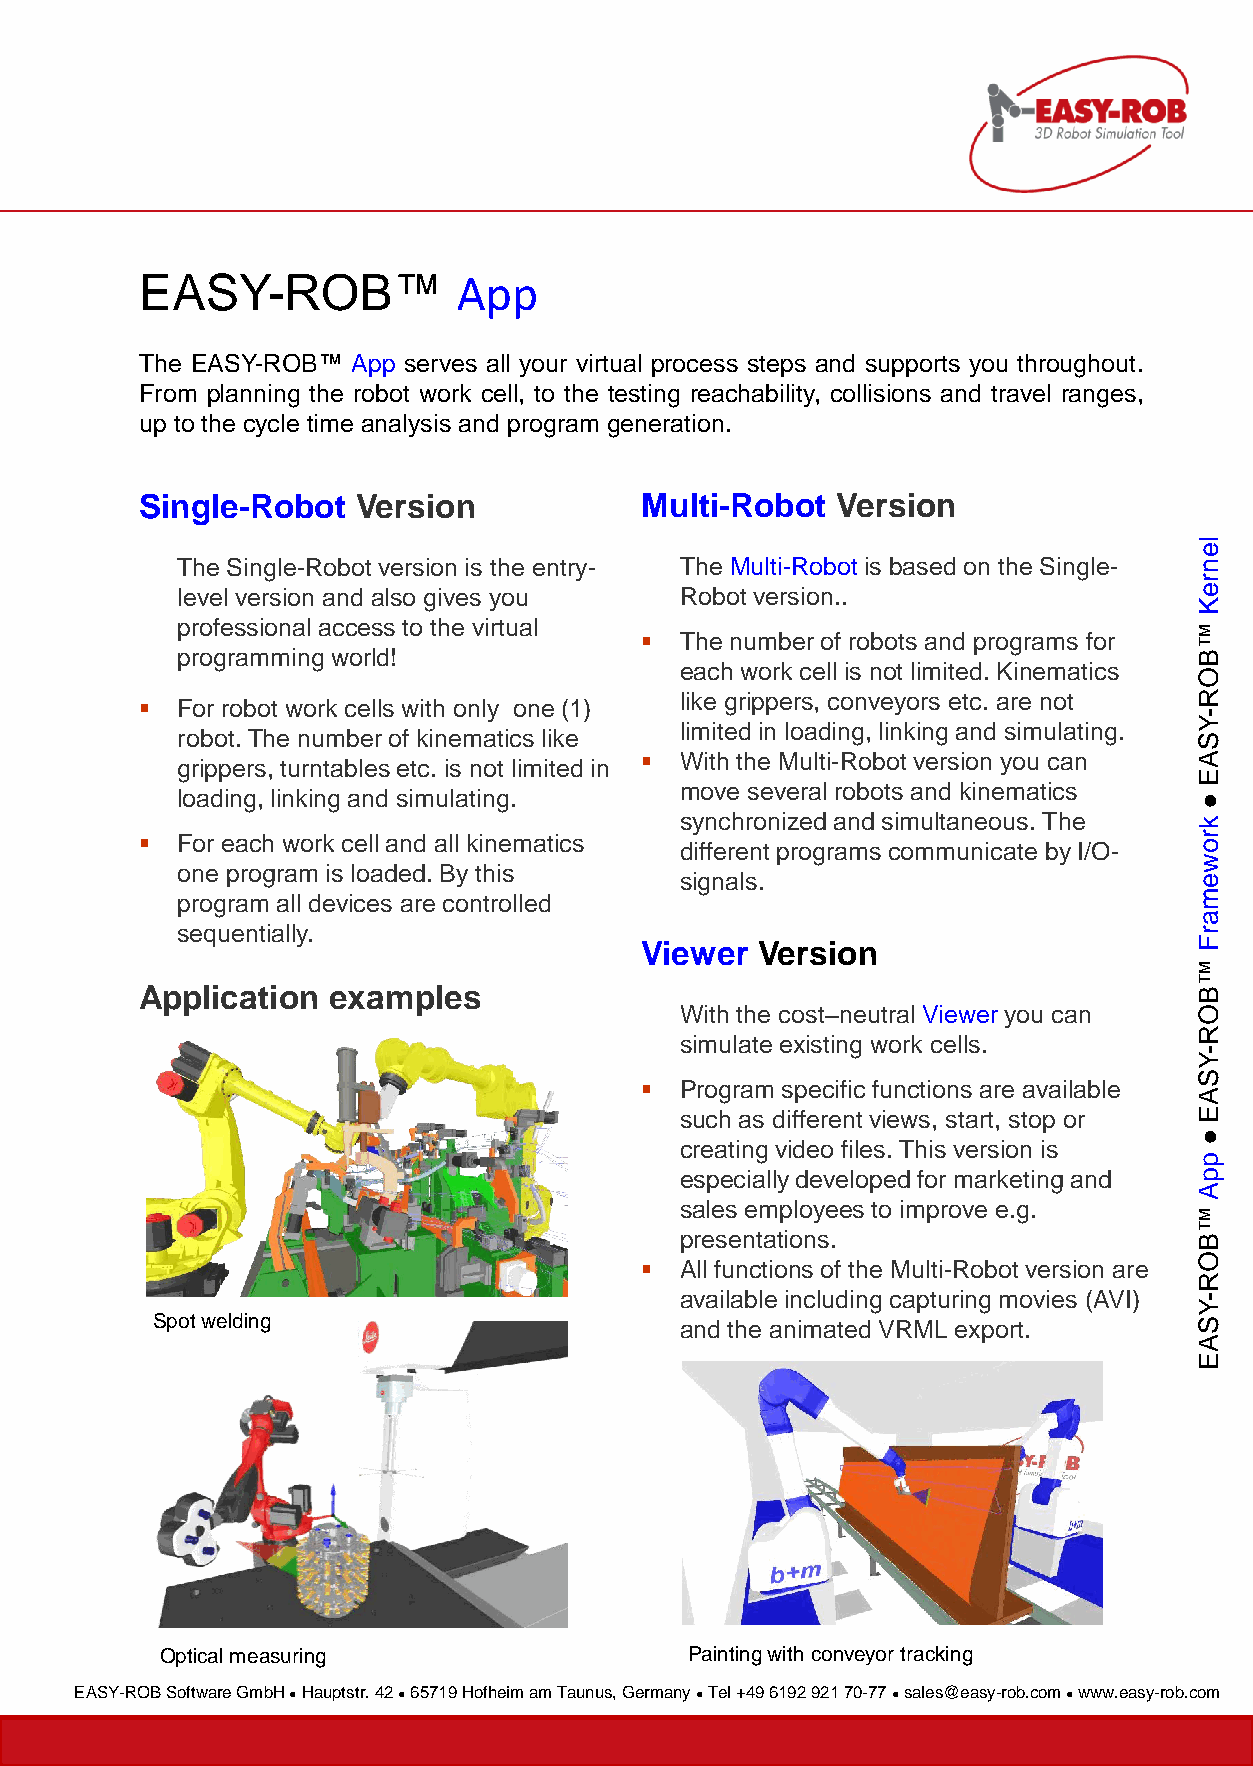
EASY-ROB™            App
 The EASY-ROB™ App serves all your virtual process steps and supports you throughout.
 From planning the robot work cell, to the testing reachability, collisions and travel ranges,
 up to the cycle time analysis and program generation.
 Single-Robot   Version           Multi-Robot  Version
 le
 The Single-Robot version is the entry- The Multi-Robot is based on the Single- n
 r
 level version and also gives you Robot version..                   e
 K
 professional access to the virtual
 ™
   The number of robots and programs for
 programming world!                                                 B
 each work cell is not limited. Kinematics
 O
 like grippers, conveyors etc. are not R
   For robot work cells with only one (1)
 -
 limited in loading, linking and simulating. Y
 robot. The number of kinematics like                               S
   With the Multi-Robot version you can A
 grippers, turntables etc. is not limited in
 E
 move several robots and kinematics
 loading, linking and simulating.                                   ●
 synchronized and simultaneous. The k
   For each work cell and all kinematics different programs communicate by I/O- r o
 w
 one program is loaded. By this
 signals.                          e
 program all devices are controlled                                 m
 a
 sequentially.                                                      r
 Viewer  Version                      F
 ™
 Application  examples                                                 B
 With the cost–neutral Viewer you can O
 R
 simulate existing work cells.
 Y-
 S
   Program specific functions are available
 A
 such as different views, start, stop or E
 ●
 creating video files. This version is
 p
 especially developed for marketing and p
 A
 sales employees to improve e.g.
 ™
 presentations.                    B
 O
   All functions of the Multi-Robot version are
 R
 available including capturing movies (AVI) -
 Y
 Spot welding                       and the animated VRML export.     S
 A
 E
 Optical measuring                  Painting with conveyor tracking
 EASY-ROB Software GmbH ● Hauptstr. 42 ● 65719 Hofheim am Taunus, Germany ● Tel +49 6192 921 70-77 ● sales@easy-rob.com ● www.easy-rob.com